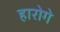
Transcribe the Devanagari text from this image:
हारोगे